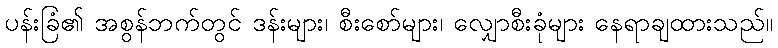
ပန်းခြံ၏ အစွန်ဘက်တွင် ဒန်းများ၊ စီးစော်များ၊ လျှောစီးခုံများ နေရာချထားသည်။